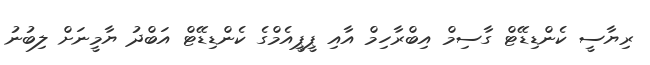
ރިޔާސީ ކެންޑިޑޭޓް ގާސިމް އިބްރާހިމް އާއި ޕީޕީއެމްގެ ކެންޑިޑޭޓް އަބްދު ޔާމީނަށް ލިބުނު